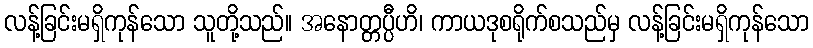
လန့်ခြင်းမရှိကုန်သော သူတို့သည်။ အနောတ္တပ္ပီဟိ၊ ကာယဒုစရိုက်စသည်မှ လန့်ခြင်းမရှိကုန်သော